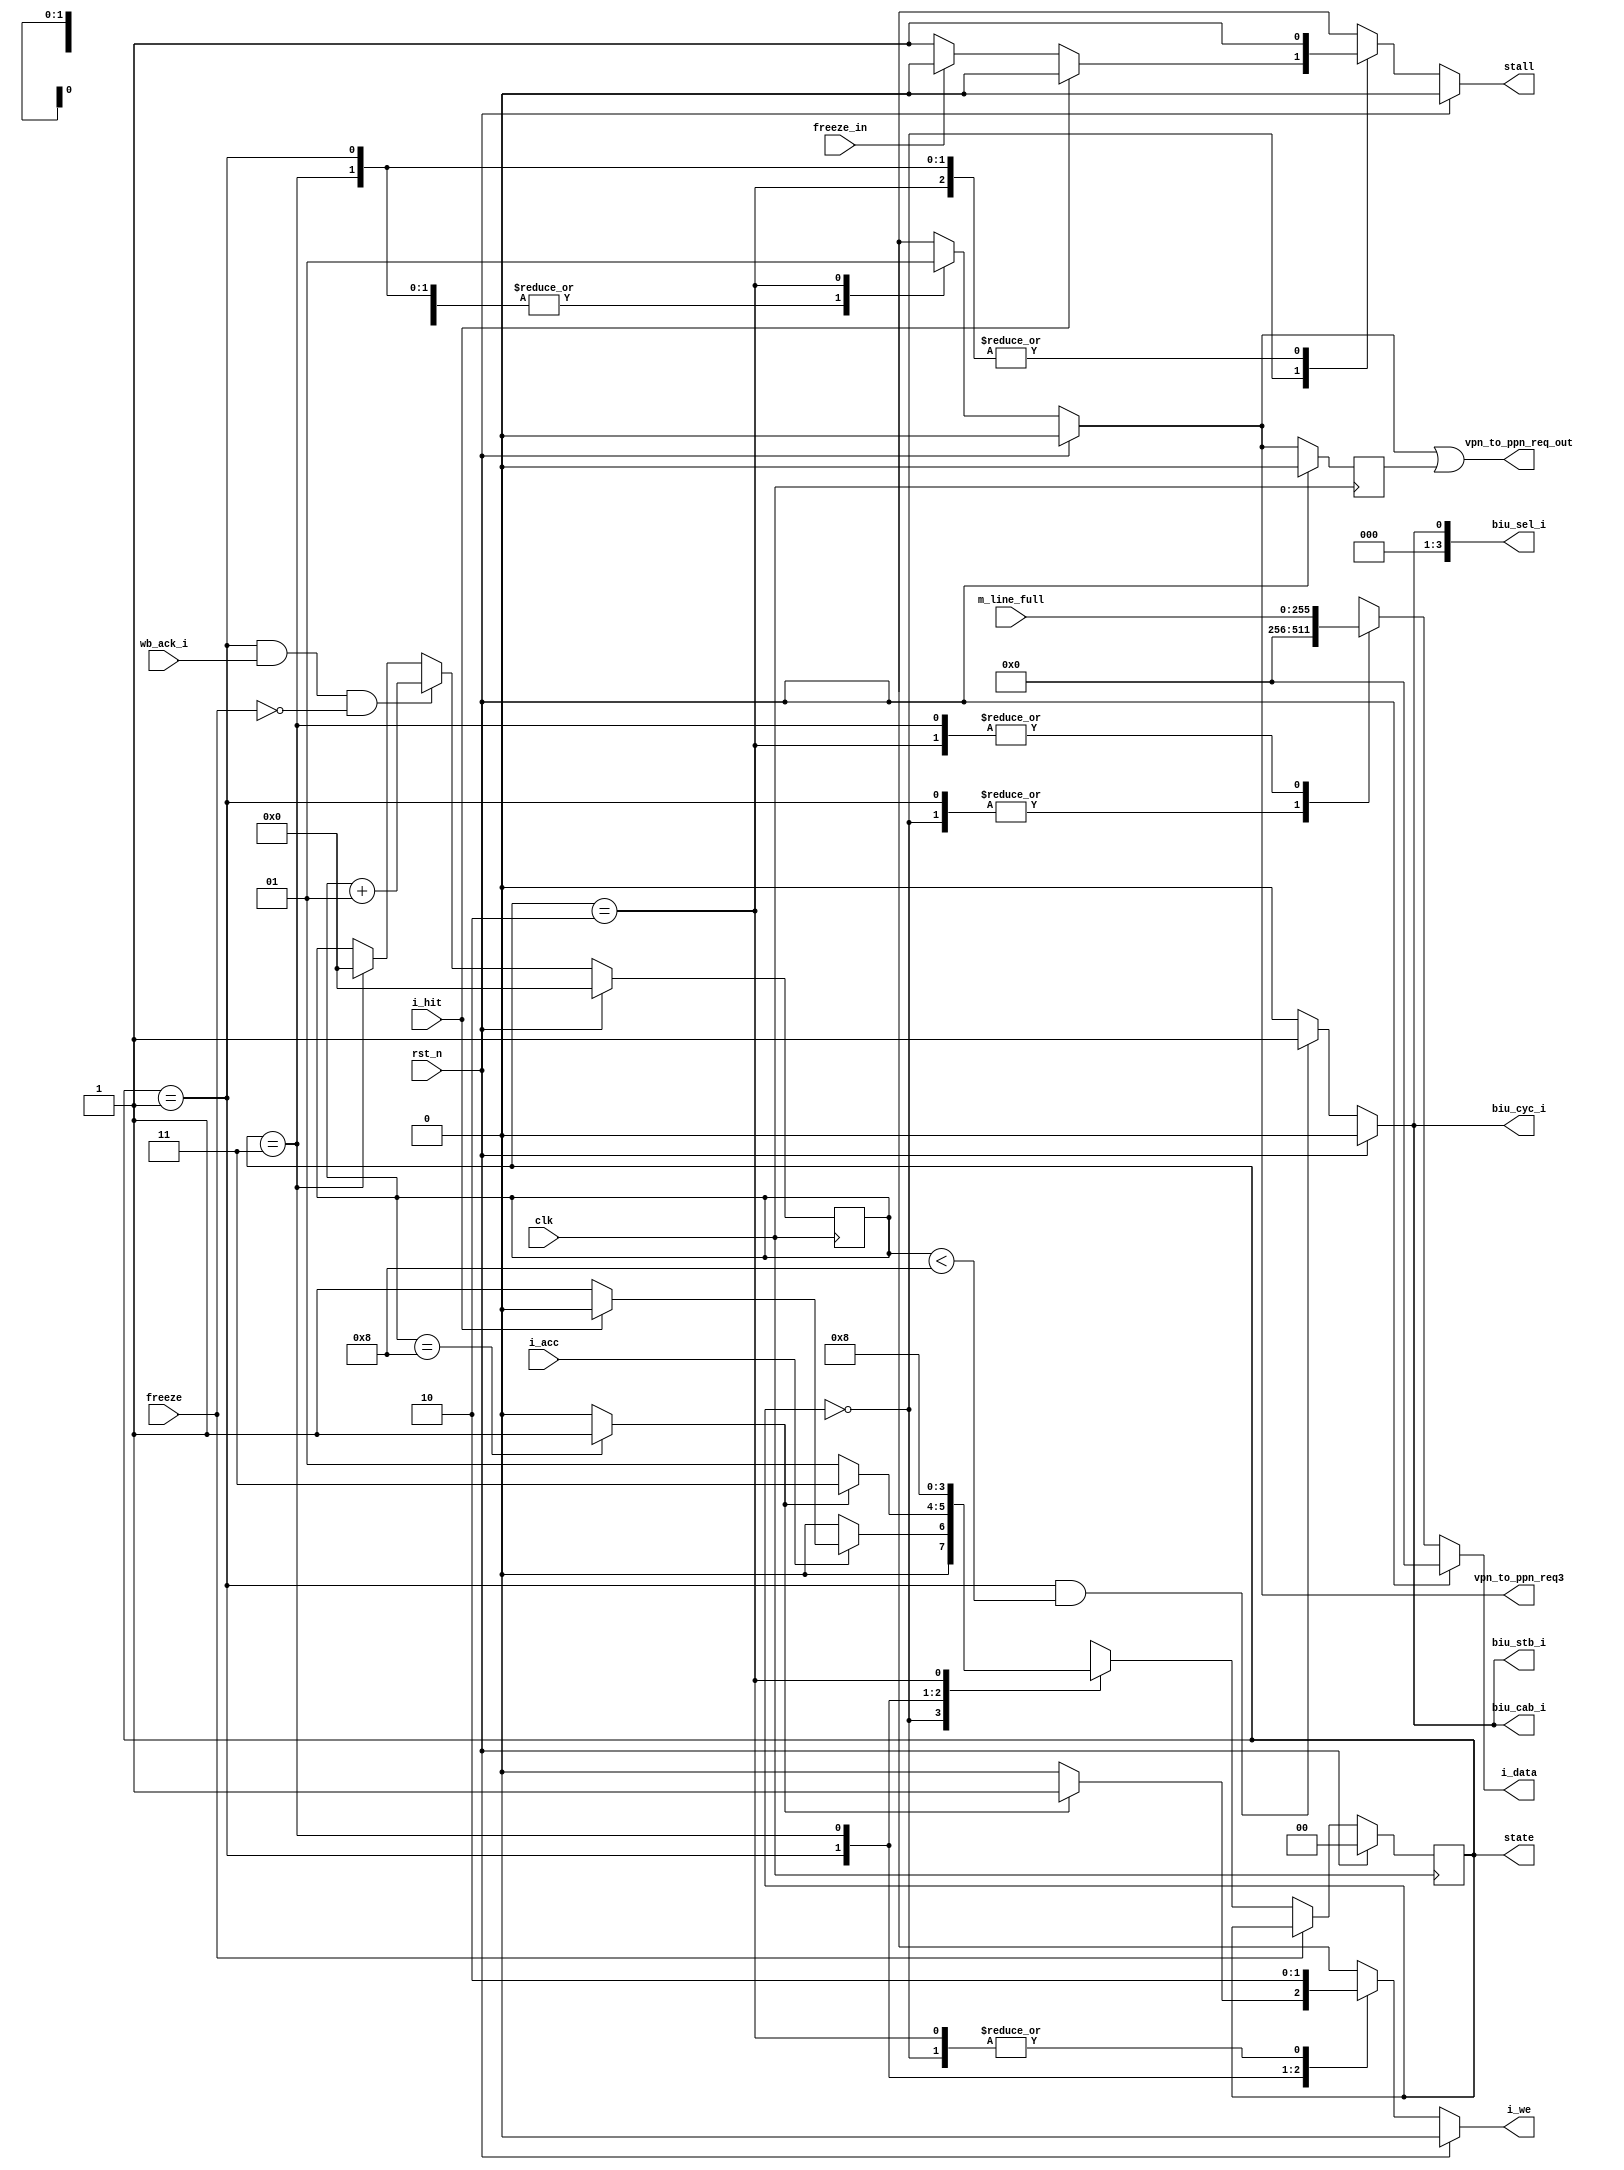
//******************************************************************************
// Copyright (c) 2014 - 2018, Indian Institute of Science, Bangalore.
// All Rights Reserved. See LICENSE for license details.
//------------------------------------------------------------------------------

// Contributors
// Akshay Birari (akshay@alum.iisc.ac.in), Piyush Birla (piyush@alum.iisc.ac.in)
// Suseela Budi (suseela@alum.iisc.ac.in), Pradeep Gupta (gupta@alum.iisc.ac.in)
// Kavya Sharat (kavyasharat@alum.iisc.ac.in), Sumeet Bandishte (sumeet.bandishte30@gmail.com)
// Kuruvilla Varghese (kuru@iisc.ac.in)

`timescale 1ns / 1ps
//////////////////////////////////////////////////////////////////////////////////
// Company: 
// Engineer: 
// 
// Design Name: 
// Module Name: cachefsm
// Project Name: 
// Target Devices: 
// Tool Versions: 
// Description: 
// 
// Dependencies: 
// 
// Revision:
// Revision 0.01 - File Created
// Additional Comments:
// 
//////////////////////////////////////////////////////////////////////////////////

module cachefsm
(
clk, rst_n, freeze, freeze_in, i_hit, m_line_full,
`ifdef itlb_def
 tag_hit,
`endif 
i_acc, i_we, i_data,
state, stall, vpn_to_ppn_req_out, vpn_to_ppn_req3, biu_cyc_i, biu_stb_i, biu_cab_i,
wb_ack_i, biu_sel_i   );
 
input clk,freeze, freeze_in, rst_n, i_hit, i_acc, wb_ack_i;
input[255:0] m_line_full;
output reg i_we;
output reg [255:0] i_data;
output reg biu_cyc_i,biu_stb_i,biu_cab_i;
//output reg[31:0] addr_latch;
output reg [3:0]biu_sel_i;
output reg[1:0] state;
output reg stall;
output vpn_to_ppn_req_out;
output reg vpn_to_ppn_req3;
reg vpn_to_ppn_req4;

`ifdef itlb_def
input tag_hit;
`endif 

wire mem_rdy;
reg[1:0] nextState;
reg [31:0] temp1,temp2,temp3,temp4;

integer count;
/* State Definitions*/
localparam START = 2'b00;//0;
localparam WAIT4read = 2'b10;
localparam SERVICE_MISS = 2'b01;
localparam WAIT4 = 2'b11;

//------------Assign logic--------------
assign mem_rdy = (count==8)?1:0;
assign vpn_to_ppn_req_out = (vpn_to_ppn_req3 || vpn_to_ppn_req4);
 
/* Clock state changes and handle reset */
always @(posedge clk)
    begin
    if(rst_n) 
        begin
        state <= START;
        end 
    else if((freeze==0) )//|| (freeze && (state==START)))
        begin
         state <= #2 nextState;
        end
    end

/* FSM Logic */
always @(*) 
    begin 
    if(rst_n)
        begin
        i_we <= 1'b0;
        i_data <= 0;        
        stall <= 1'b0;
        nextState <= START; 
        vpn_to_ppn_req3 <= 1'b0;
        end    
    else 
        begin
        case(state)
        START: 
            begin
            i_we<=0;
            i_data <= 0;
            temp2<=0;
            temp3<=0;
            temp4<=0;
            i_we<=0;   
            vpn_to_ppn_req3 <= 1'b0;
            if(i_hit)
                stall <=1'b0;
            else if(~freeze_in)
                stall <=1'b1;
            else                 
                stall <=1'b0;

            `ifdef itlb_def       
            if(tag_hit)
            `else       
            if(i_acc)
            `endif
                begin
                if(i_hit)
                nextState<=START;
                else
                nextState<= SERVICE_MISS;
                end        
            else 
                nextState<=START;
            end      
                  
         SERVICE_MISS: 
            begin            
            stall <=1'b1;
            vpn_to_ppn_req3 <= 1'b0;
            if(mem_rdy)             
                begin                 
                i_we<=1;
                i_data <= 0;
                nextState<= WAIT4;               
                end              
            else if(i_acc & !i_hit)
                begin // Hold the inputs to unified mem
                i_we<=0;                
                i_data <= 0;
                nextState <= SERVICE_MISS;            
                end
            else           
                begin            
                nextState <= SERVICE_MISS;
                i_we<=0;
                i_data <= 0;
                end           
            end            
            
        WAIT4:
            begin
            i_we<=1'b1;
            nextState<=WAIT4read;//WAIT5;            
            i_data<=m_line_full;            
            stall <=1'b1;
            vpn_to_ppn_req3 <= 1'b0;
            end
                        
        WAIT4read:
            begin
            i_we<=1'b0;
            nextState<=START;//WAIT5;            
            i_data<=m_line_full;            
            stall <=1'b1;
            vpn_to_ppn_req3 <= 1'b1;
            end
            
        default: 
            begin 
            i_data<=0;
            i_we<=1'b0;
            stall <=1'b0;
            vpn_to_ppn_req3 <= 1'b0;
            nextState<=START;       
            // Leave everything at their defaults (see top)
            end
        endcase
        end
    end
    
always@(posedge clk )
    begin
    if(rst_n)
        count<=0;
    else
        begin
        if(state==SERVICE_MISS && ((wb_ack_i==1)) && (freeze==0))
            count<=count+1;
        else   
        if(state==WAIT4)
            count<=0;    
        else
            count<=count;
        end    
    end


always@(posedge clk)
    begin
    if(rst_n)
    vpn_to_ppn_req4 <=0;
    else 
    vpn_to_ppn_req4 <= vpn_to_ppn_req3;
    end


always@(*)
    begin
    if(rst_n)
        begin
        biu_cyc_i <= 0;
        biu_stb_i <= 0;
        biu_cab_i <= 0;
        biu_sel_i<=4'b0;
        end
    else if(state==SERVICE_MISS && count<8)
        begin
        biu_cyc_i <= 1;
        biu_stb_i <= 1;
        biu_cab_i <= 1;
        biu_sel_i<=4'b1;
        end
    else
        begin
        biu_cyc_i <= 0;
        biu_stb_i <= 0;
        biu_cab_i <= 0;
        biu_sel_i<=4'b0;
        end
    end

//always@(posedge clk)
// count_int<=count;


endmodule